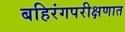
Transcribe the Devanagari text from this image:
बहिरंगपरीक्षणात